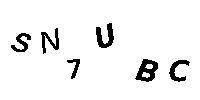
SN7UBC